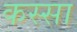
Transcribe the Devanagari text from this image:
कस्सा